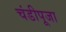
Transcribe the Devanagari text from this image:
चंडीपूजा